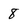
Character: 8